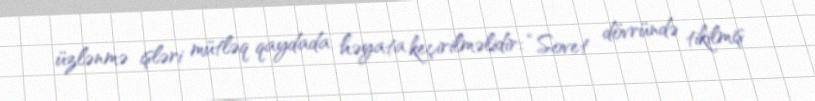
üzlənmə işləri mütləq qaydada həyata keçirilməlidir: “Sovet dövründə tikilmiş